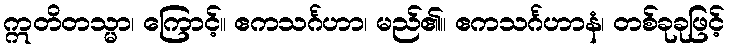
ဣတိတသ္မာ၊ ကြောင့်။ ဧကသင်္ဂဟာ၊ မည်၏။ ဧကသင်္ဂဟာနံ၊ တစ်ခုခုဖြင့်